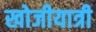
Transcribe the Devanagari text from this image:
खोजीयात्री